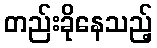
တည်းခိုနေသည့်